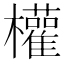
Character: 權